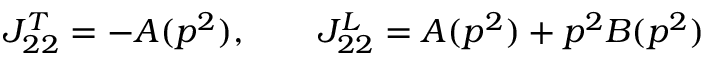
J _ { 2 2 } ^ { T } = - A ( p ^ { 2 } ) , \ \ \ \ \ \ J _ { 2 2 } ^ { L } = A ( p ^ { 2 } ) + p ^ { 2 } B ( p ^ { 2 } )